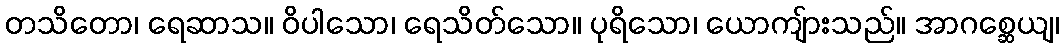
တသိတော၊ ရေဆာသ။ ဝိပါသော၊ ရေသိတ်သော။ ပုရိသော၊ ယောကျ်ားသည်။ အာဂစ္ဆေယျ၊